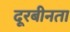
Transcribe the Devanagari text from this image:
दूरबीनता